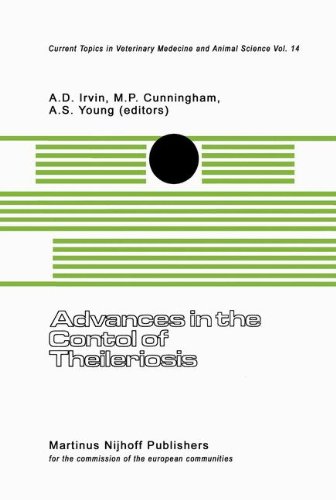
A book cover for Advances in the Control of Theileriosis: Proceedings of an International Conference held at the International Laboratory for Research on Animal ... 1981 (Current Topics in Veterinary Medicine); Medical Books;